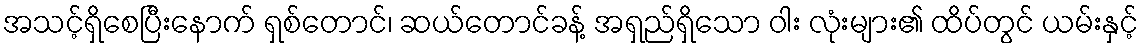
အသင့်ရှိစေပြီးနောက် ရှစ်တောင်၊ ဆယ်တောင်ခန့် အရှည်ရှိသော ဝါး လုံးများ၏ ထိပ်တွင် ယမ်းနှင့်